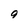
Character: 9